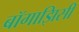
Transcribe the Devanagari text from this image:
बॉगाझिसी